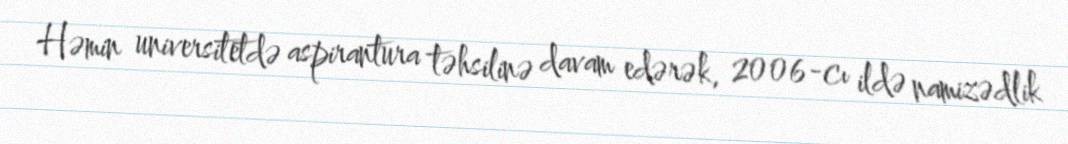
Həmin universitetdə aspirantura təhsilinə davam edərək, 2006-cı ildə namizədlik